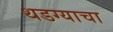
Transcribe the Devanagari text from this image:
थडग्याचा